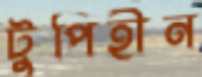
টুপিহীন